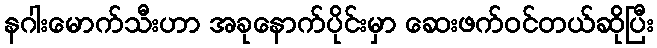
နဂါးမောက်သီးဟာ အခုနောက်ပိုင်းမှာ ဆေးဖက်ဝင်တယ်ဆိုပြီး